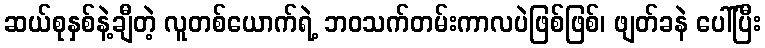
ဆယ်စုနှစ်နဲ့ချီတဲ့ လူတစ်ယောက်ရဲ့ ဘဝသက်တမ်းကာလပဲဖြစ်ဖြစ်၊ ဖျတ်ခနဲ ပေါ်ပြီး